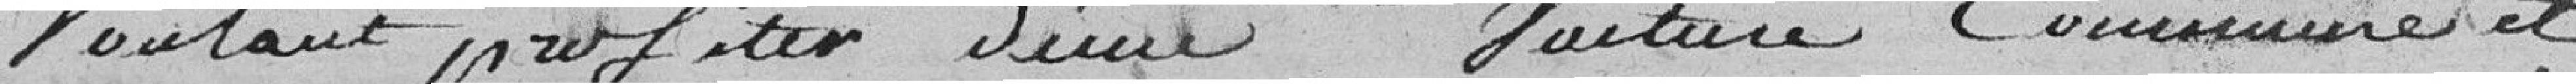
voulant profiter d'une voiture commune et